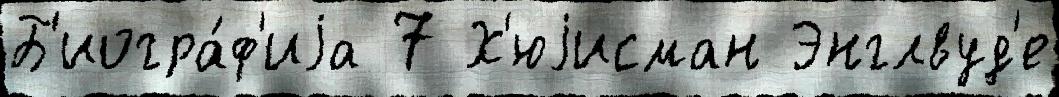
Б'иогра́ф'иjа 7 Х'юjисман Энглвуд'е